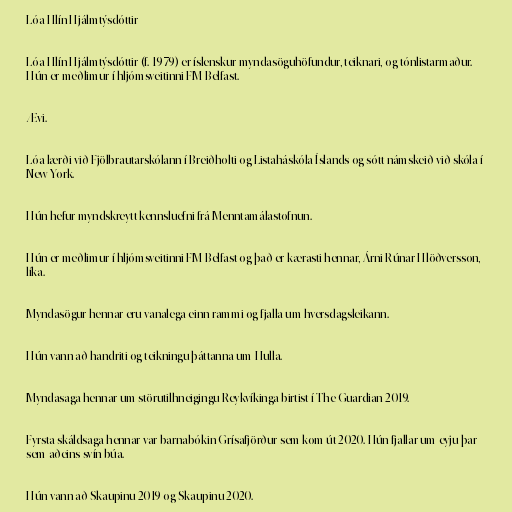
Lóa Hlín Hjálmtýsdóttir

Lóa Hlín Hjálmtýsdóttir (f. 1979) er íslenskur myndasöguhöfundur, teiknari, og tónlistarmaður.
Hún er meðlimur í hljómsveitinni FM Belfast.

Ævi.

Lóa lærði við Fjölbrautarskólann í Breiðholti og Listaháskóla Íslands og sótt námskeið við skóla í
New York.

Hún hefur myndskreytt kennsluefni frá Menntamálastofnun.

Hún er meðlimur í hljómsveitinni FM Belfast og það er kærasti hennar, Árni Rúnar Hlöðversson,
líka.

Myndasögur hennar eru vanalega einn rammi og fjalla um hversdagsleikann.

Hún vann að handriti og teikningu þáttanna um Hulla.

Myndasaga hennar um störutilhneigingu Reykvíkinga birtist í The Guardian 2019.

Fyrsta skáldsaga hennar var barnabókin Grísafjörður sem kom út 2020. Hún fjallar um eyju þar
sem aðeins svín búa.

Hún vann að Skaupinu 2019 og Skaupinu 2020.